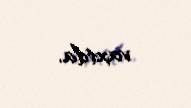
vaxtda.